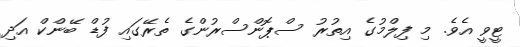
ޓީވީ އެވެ. މި ފިލްމުގެ އިތުރު ސްޕޮންސްރުންގެ ތެރޭގައި ފުޑް ބޭންކް އަދި